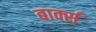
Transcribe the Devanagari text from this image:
बार्क्स